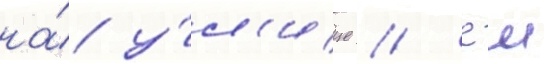
на́ у́л'ице // Еи